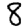
Digit: 8